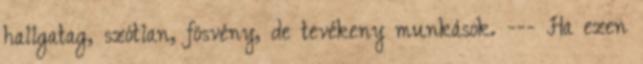
hallgatag, szótlan, fösvény, de tevékeny munkások. --- Ha ezen